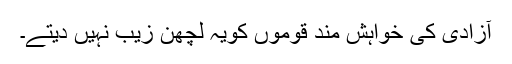
آزادی کی خواہش مند قوموں کویہ لچھن زیب نہیں دیتے۔